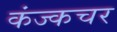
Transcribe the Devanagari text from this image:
कंज्कचर